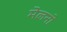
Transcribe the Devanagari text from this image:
मेलनो